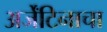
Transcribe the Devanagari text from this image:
अर्जेंटिनाचा